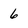
Character: 6